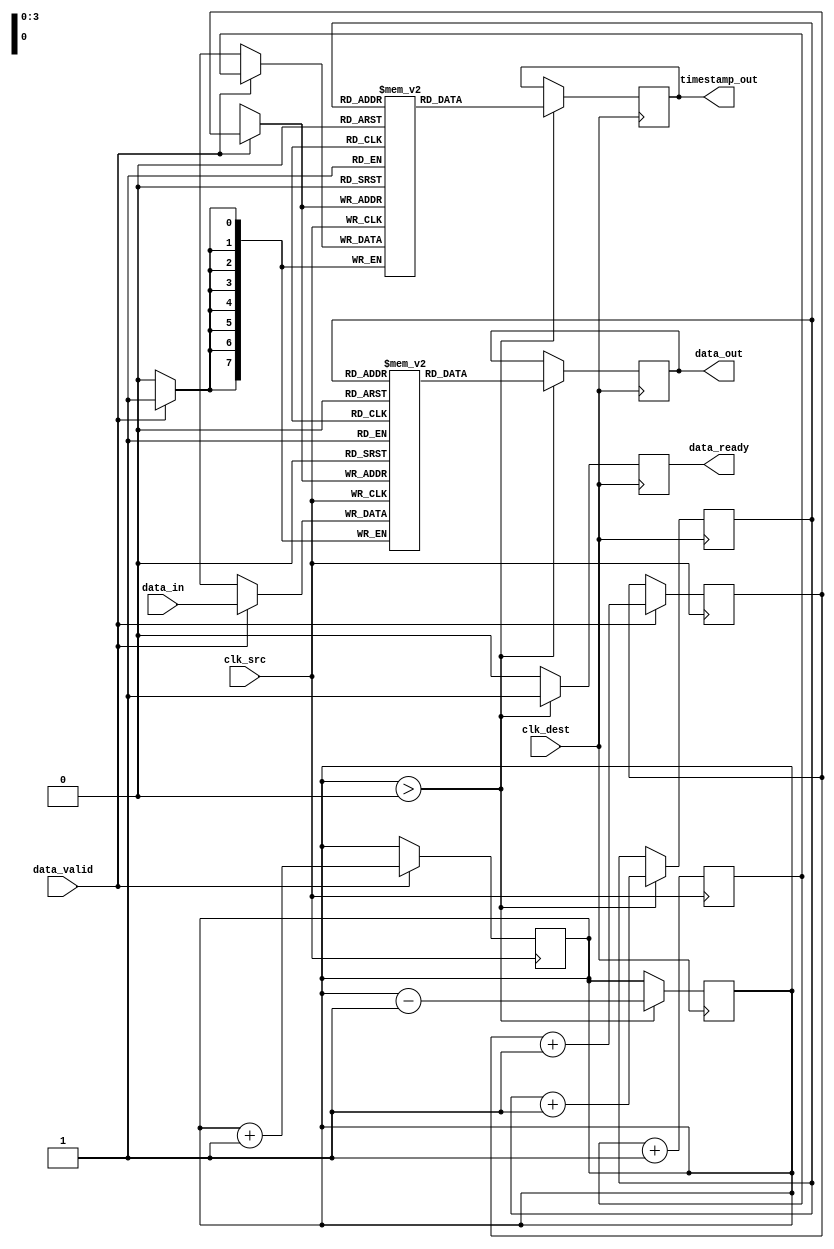
module MemoryBlocksTimeStampedSynchronizer #(
    parameter DATA_WIDTH = 8,
    parameter TIMESTAMP_WIDTH = 8,
    parameter FIFO_DEPTH = 16
)(
    input wire clk_src,                  // Source clock
    input wire clk_dest,                 // Destination clock
    input wire [DATA_WIDTH-1:0] data_in, // Input data
    input wire data_valid,               // Data valid signal
    output reg [DATA_WIDTH-1:0] data_out, // Output data
    output reg [TIMESTAMP_WIDTH-1:0] timestamp_out, // Output timestamp
    output reg data_ready                // Data ready signal
);

    // Timestamp generator
    reg [TIMESTAMP_WIDTH-1:0] timestamp_counter;
    
    // Dual-port memory
    reg [DATA_WIDTH-1:0] memory_data [0:FIFO_DEPTH-1];
    reg [TIMESTAMP_WIDTH-1:0] memory_timestamp [0:FIFO_DEPTH-1];
    
    // Write pointer and read pointer for FIFO
    reg [3:0] write_ptr;
    reg [3:0] read_ptr;
    reg [3:0] fifo_count;

    // Synchronization logic
    always @(posedge clk_src) begin
        if (data_valid) begin
            // Capture data and timestamp
            memory_data[write_ptr] <= data_in;
            memory_timestamp[write_ptr] <= timestamp_counter;
            write_ptr <= write_ptr + 1;
            fifo_count <= fifo_count + 1;
        end
    end
    
    // Timestamp generator
    always @(posedge clk_src) begin
        timestamp_counter <= timestamp_counter + 1;
    end

    // Read data from FIFO on destination clock
    always @(posedge clk_dest) begin
        if (fifo_count > 0) begin
            data_out <= memory_data[read_ptr];
            timestamp_out <= memory_timestamp[read_ptr];
            read_ptr <= read_ptr + 1;
            fifo_count <= fifo_count - 1;
            data_ready <= 1'b1; // Indicate data is ready
        end else begin
            data_ready <= 1'b0; // No data ready
        end
    end

    // Reset logic (optional)
    initial begin
        write_ptr = 0;
        read_ptr = 0;
        fifo_count = 0;
        timestamp_counter = 0;
        data_ready = 0;
    end

endmodule